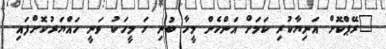
"ރޭޕްކޮށް އަނިޔާކުރި ކަމަށް އަންހެން މީހާ ބުނި ހަ މީހަކު ވަނީ ހައްޔަރުކޮށްފައި.